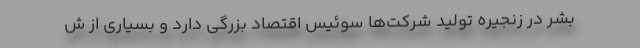
بشر در زنجیره تولید شرکت‌ها سوئیس اقتصاد بزرگی دارد و بسیاری از ش